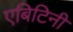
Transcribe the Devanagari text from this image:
एबिटिनी